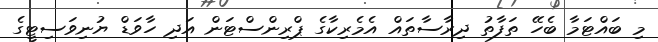
މި ބައްޓަމާ ބެހޭ ތަފާތު ދިރާސާތައް އެމެރިކާގެ ޕްރިންސްޓަން އަދި ހާވަޑް ޔުނިވަސިޓީގެ